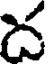
ద